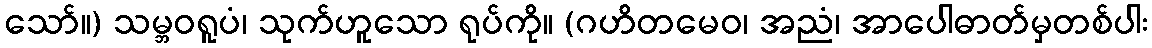
သော်။) သမ္ဘဝရူပံ၊ သုက်ဟူသော ရုပ်ကို။ (ဂဟိတမေဝ၊ အညံ၊ အာပေါဓာတ်မှတစ်ပါး